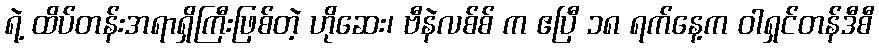
ရဲ့ ထိပ်တန်းအရာရှိကြီးဖြစ်တဲ့ ဟိုဆေး၊ ဗီနဲလစ်စ် က ဧပြီ ၁၈ ရက်နေ့က ဝါရှင်တန်ဒီစီ